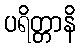
ပရိတ္တာနိ